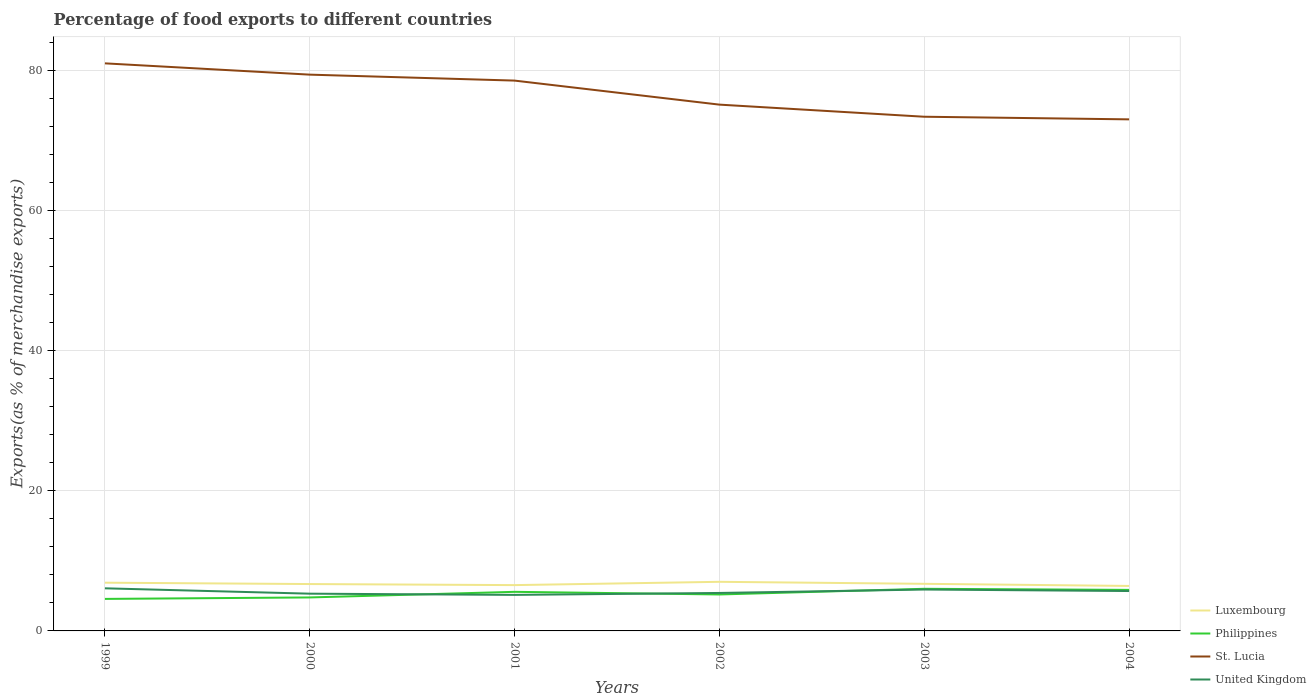
| Years | Luxembourg | Philippines | St. Lucia | United Kingdom |
 | --- | --- | --- | --- | --- |
 | 1999 | 6.88 | 4.57 | 81 | 6.08 |
 | 2000 | 6.69 | 4.78 | 79.4 | 5.32 |
 | 2001 | 6.54 | 5.58 | 78.6 | 5.14 |
 | 2002 | 7.01 | 5.2 | 75.1 | 5.42 |
 | 2003 | 6.72 | 6.01 | 73.4 | 5.91 |
 | 2004 | 6.42 | 5.86 | 73 | 5.69 |